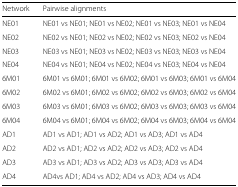
| Network | Pairwise alignments |
 | --- | --- |
 | NE01 | NE01 vs NE01; NE01 vs NE02; NE01 vs NE03; NE01 vs NE04 |
 | NE02 | NE02 vs NE01; NE02 vs NE02; NE02 vs NE03; NE02 vs NE04 |
 | NE03 | NE03 vs NE01; NE03 vs NE02; NE03 vs NE03; NE03 vs NE04 |
 | NE04 | NE04 vs NE01; NE04 vs NE02; NE04 vs NE03; NE04 vs NE04 |
 | 6M01 | 6M01 vs 6M01; 6M01 vs 6M02; 6M01 vs 6M03; 6M01 vs 6M04 |
 | 6M02 | 6M02 vs 6M01; 6M02 vs 6M02; 6M02 vs 6M03; 6M02 vs 6M04 |
 | 6M03 | 6M03 vs 6M01; 6M03 vs 6M02; 6M03 vs 6M03; 6M03 vs 6M04 |
 | 6M04 | 6M04 vs 6M01; 6M04 vs 6M02; 6M04 vs 6M03; 6M04 vs 6M04 |
 | AD1 | AD1 vs AD1; AD1 vs AD2; AD1 vs AD3; AD1 vs AD4 |
 | AD2 | AD2 vs AD1; AD2 vs AD2; AD2 vs AD3; AD2 vs AD4 |
 | AD3 | AD3 vs AD1; AD3 vs AD2; AD3 vs AD3; AD3 vs AD4 |
 | AD4 | AD4vs AD1; AD4 vs AD2; AD4 vs AD3; AD4 vs AD4 |